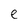
Character: e